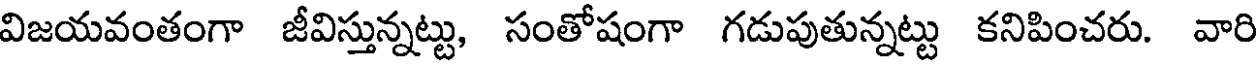
విజయవంతంగా జీవిస్తున్నట్టు, సంతోషంగా గడుపుతున్నట్టు కనిపించరు. వారి